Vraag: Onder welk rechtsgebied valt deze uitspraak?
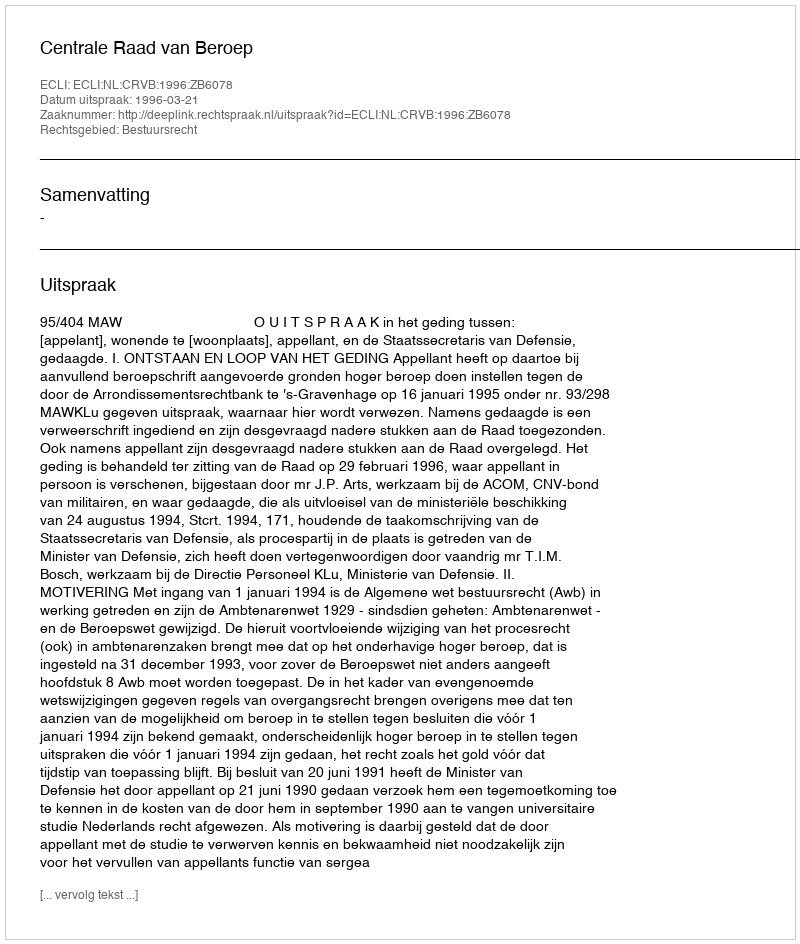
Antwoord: Bestuursrecht